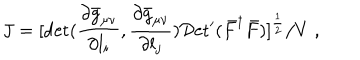
J = [ \det ( { \frac { \partial \bar { g } _ { \mu \nu } } { \partial l _ { i } } } , { \frac { \partial \bar { g } _ { \mu \nu } } { \partial l _ { j } } } ) { \cal D } \mathrm { e t } ^ { \prime } ( \bar { F } ^ { \dagger } \bar { F } ) ] ^ { \frac { 1 } { 2 } } / V \; ,